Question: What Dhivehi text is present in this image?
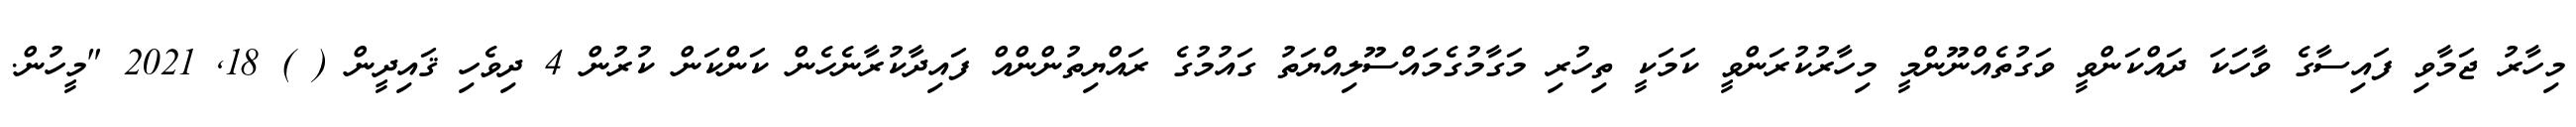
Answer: މިހާރު ޖަމާވި ފައިސާގެ ވާހަކަ ދައްކަންވީ ވަގުތެއްނޫންމީ މިހާރުކުރަންވީ ކަމަކީ ތިހުރި މަގާމުގެމައްސޫލިއްޔަތު ގައުމުގެ ރައްޔިތުންންއް ފައިދާކުރާނެހެން ކަންކަން ކުރުން 4 ދިވެހި ޤައިދީން ( ) 18, 2021 "މީހުން.